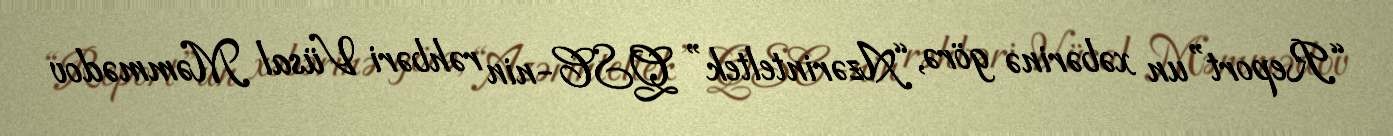
“Report”un xəbərinə görə, “Azərinteltek” QSC-nin rəhbəri Vüsal Məmmədov